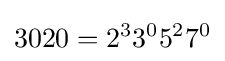
3020=2^{3}3^{0}5^{2}7^{0}